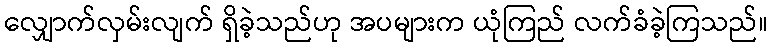
လျှောက်လှမ်းလျက် ရှိခဲ့သည်ဟု အပများက ယုံကြည် လက်ခံခဲ့ကြသည်။